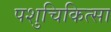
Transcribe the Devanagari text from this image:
पशुचिकित्‍सा